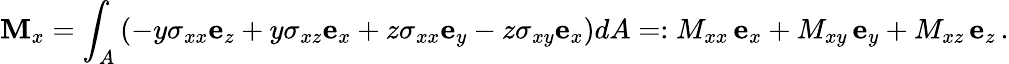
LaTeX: \mathbf{M}_{x}=\int_{A}\left(-y\sigma_{xx}\mathbf{e}_{z}+y\sigma_{xz}\mathbf{e}_{x}+z\sigma_{xx}\mathbf{e}_{y}-z\sigma_{xy}\mathbf{e}_{x}\right)dA=:M_{xx}\, \mathbf{e}_{x}+M_{xy}\, \mathbf{e}_{y}+M_{xz}\, \mathbf{e}_{z}\, .